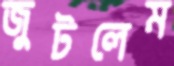
জুটলেম